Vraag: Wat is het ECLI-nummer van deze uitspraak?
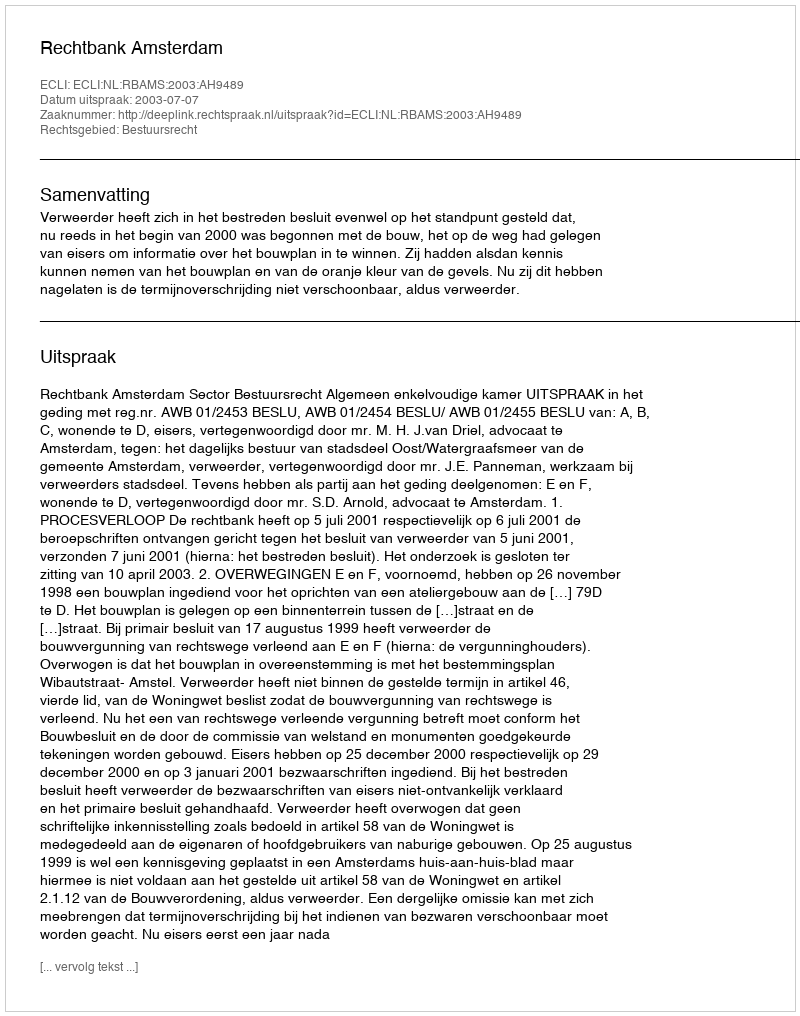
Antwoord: ECLI:NL:RBAMS:2003:AH9489